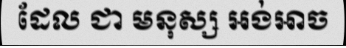
ដែល ជា មនុស្ស អង់អាច